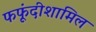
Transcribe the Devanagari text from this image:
फफूंदीशामिल